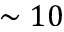
\sim 1 0